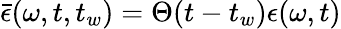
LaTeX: \bar{\epsilon}(\omega,t,t_{w})=\Theta(t-t_{w})\epsilon(\omega,t)